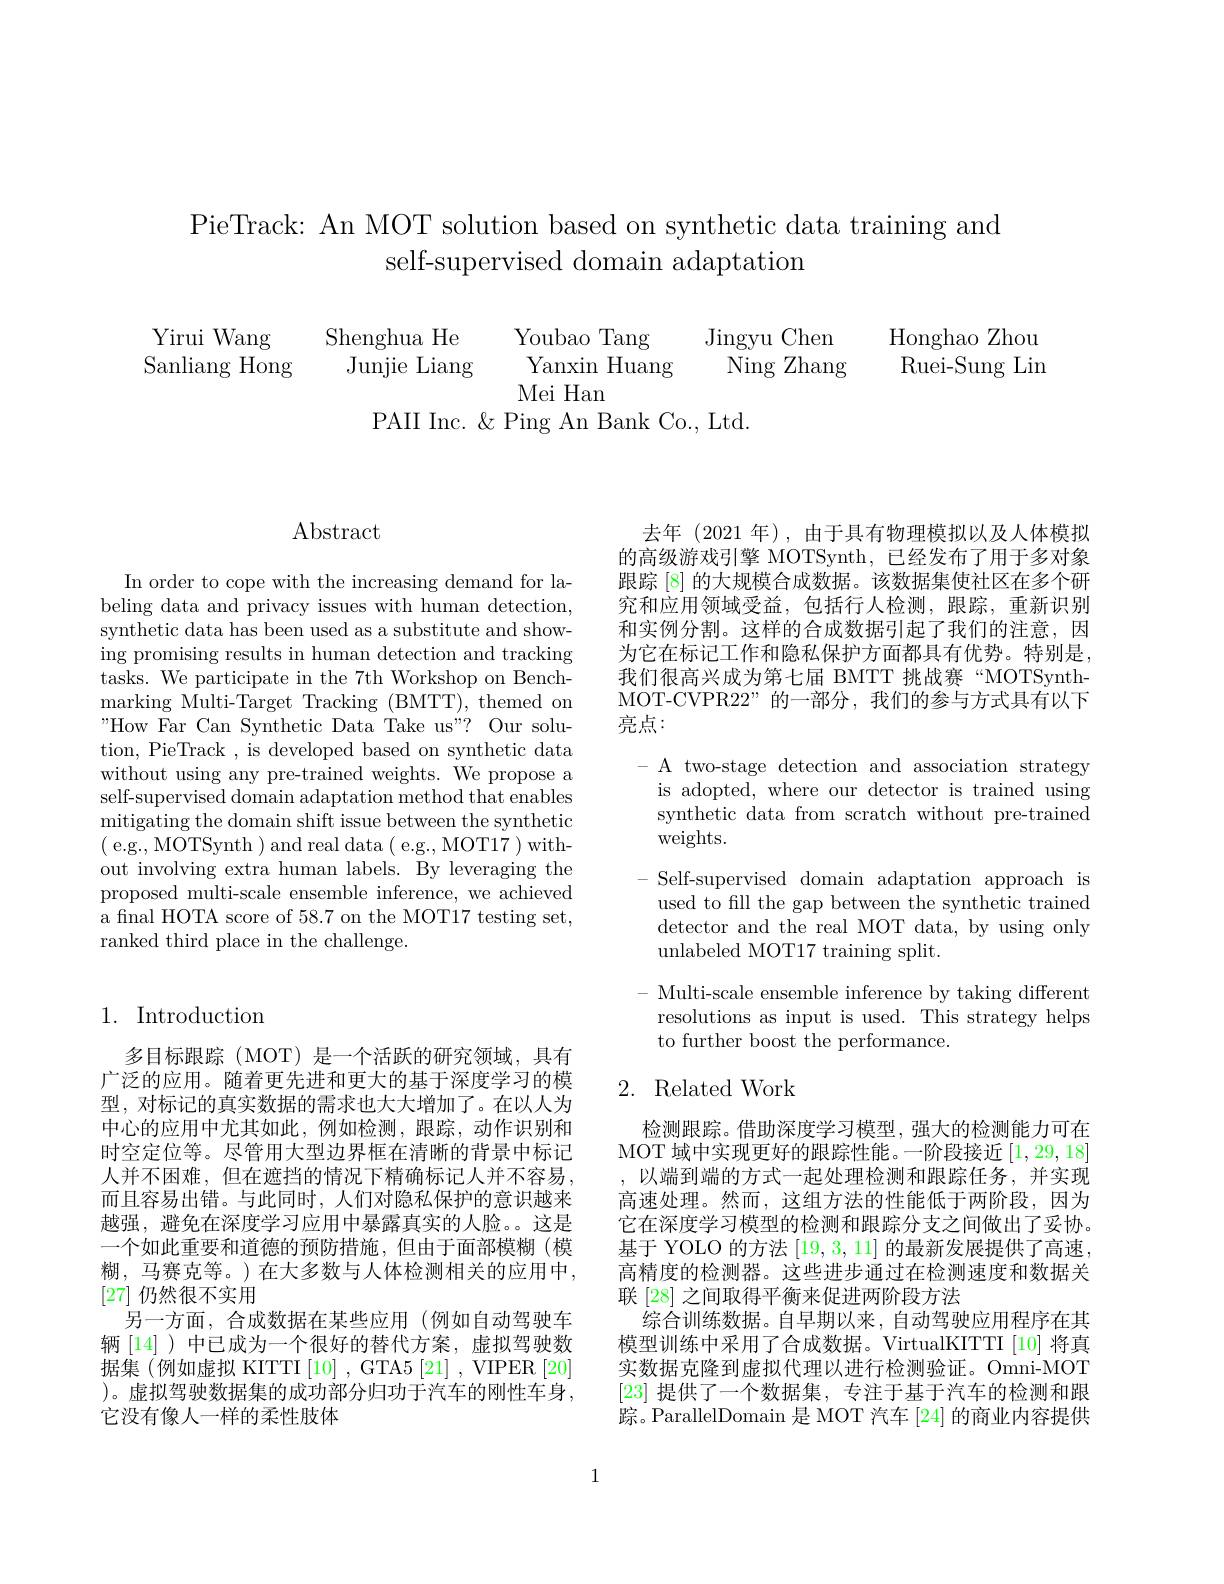
PieTrack: An MOT solution based on synthetic data training and
self-supervised domain adaptation

$\begin{array}{llll}{\mathrm{Yirui~Wang}}&{\mathrm{Shenghua~He}}&{\mathrm{Youbao~Tang}}&{\mathrm{Jingyu~Chen}}&{\mathrm{Honghao~Zhou}}\\{\mathrm{Sanliang~Hong}}&{\mathrm{Junjie~Liang}}&{\mathrm{Yanxin~Huang}}&{\mathrm{Ning~Zhang}}&{\mathrm{Ruei-Sung~Lin}}\end{array}$
PAII Inc. $\&$ Ping An Bank Co., Ltd

## $\operatorname{Abstract}$

In order to cope with the increasing demand for labeling data and privacy issues with human detection, synthetic data has been used as a substitute and showing promising results in human detection and tracking tasks. We participate in the 7th Workshop on Benchmarking Multi-Target Tracking (BMTT), themed on " How Far Can Synthetic Data Take us" ? Our solu- tion, PieTrack , is developed based on synthetic data without using any pre-trained weights. We propose a self-supervised domain adaptation method that enables mitigating the domain shift issue between the synthetic (e.g., MOTSynth ) and real data ( e.g., MOT17 ) without involving extra human labels. By leveraging the proposed multi-scale ensemble inference, we achieved a final HOTA score of 58.7 on the MOT17 testing set, ranked third place in the challenge.

## 1. Introduction

多目标跟踪(MOT)是一个活跃的研究领域，具有广泛的应用。随着更先进和更大的基于深度学习的模型，对标记的真实数据的需求也大大增加了。在以人为中心的应用中尤其如此，例如检测，跟踪，动作识别和时空定位等。尽管用大型边界框在清晰的背景中标记人并不困难，但在遮挡的情况下精确标记人并不容易， 而且容易出错。与此同时，人们对隐私保护的意识越来越强，避免在深度学习应用中暴露真实的人脸。。这是一个如此重要和道德的预防措施，但由于面部模糊(模糊，马赛克等。)在大多数与人体检测相关的应用中， [27]仍然很不实用
另一方面，合成数据在某些应用 (例如自动驾驶车辆[14] )中已成为一个很好的替代方案，虚拟驾驶数据集 (例如虚拟 KITTI [10] , GTA5 [21] , VIPER [20] )。虚拟驾驶数据集的成功部分归功于汽车的刚性车身， 它没有像人一样的柔性肢体

去年(2021 年),由于具有物理模拟以及人体模拟的高级游戏引擎 MOTSynth, 已经发布了用于多对象跟踪 [8] 的大规模合成数据。该数据集使社区在多个研究和应用领域受益，包括行人检测，跟踪，重新识别和实例分割。这样的合成数据引起了我们的注意，因为它在标记工作和隐私保护方面都具有优势。特别是， 我们很高兴成为第七届 BMTT 挑战赛“MOTSynthMOT-CVPR22”的一部分，我们的参与方式具有以下亮点：

- A two-stage detection and association strategy is adopted, where our detector is trained using synthetic data from scratch without pre-trained weights.
- Self-supervised domain adaptation approach is
used to fill the gap between the synthetic trained detector and the real MOT data, by using only unlabeled MOT17 training split.
- Multi-scale ensemble inference by taking different
resolutions as input is used. This strategy helps
to further boost the performance.

## 2. Related Work

检测跟踪。借助深度学习模型，强大的检测能力可在MOT 域中实现更好的跟踪性能。一阶段接近[1,29,18] ,以端到端的方式一起处理检测和跟踪任务，并实现高速处理。然而，这组方法的性能低于两阶段，因为它在深度学习模型的检测和跟踪分支之间做出了妥协。基于 YOLO 的方法[19,3,11]的最新发展提供了高速， 高精度的检测器。这些进步通过在检测速度和数据关联 [28] 之间取得平衡来促进两阶段方法
综合训练数据。自早期以来，自动驾驶应用程序在其模型训练中采用了合成数据。VirtualKITTI[10] 将真实数据克隆到虚拟代理以进行检测验证。Omni-MOT [23]提供了一个数据集，专注于基于汽车的检测和跟踪。ParallelDomain 是 MOT 汽车 [24] 的商业内容提供

1